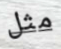
مثل